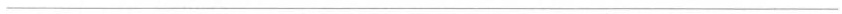
___